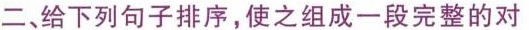
二、给下列句子排序，使之组成一段完整的对